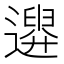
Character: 𨗮